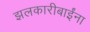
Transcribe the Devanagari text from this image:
झलकारीबाईंना